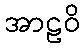
အာဠဝိ